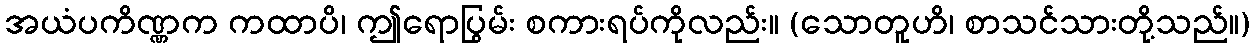
အယံပကိဏ္ဏက ကထာပိ၊ ဤရောပြွမ်း စကားရပ်ကိုလည်း။ (သောတူဟိ၊ စာသင်သားတို့သည်။)